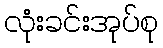
လုံးခင်းအုပ်စု